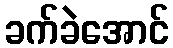
ခက်ခဲအောင်